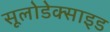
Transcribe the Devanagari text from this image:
सूलोडेक्साइड